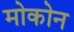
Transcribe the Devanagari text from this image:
मोकोन